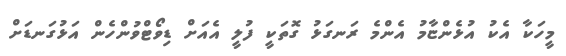
މީހަކާ އެކު އުޅެންޏާމު އެންމެ ރަނގަޅު ގޮތަކީ ފުލީ އެއަށް ޑިވޯޓްވުންހެން އަޅުގަނޑަށް